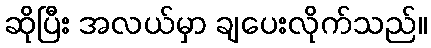
ဆိုပြီး အလယ်မှာ ချပေးလိုက်သည်။